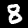
Label: 8